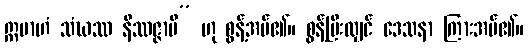
ဣမာဟံ သံဃဿ နိဿဇ္ဇာမိ” ဟု စွန့်အပ်၏။ စွန့်ပြီးလျှင် ဒေသနာ ကြားအပ်၏။